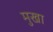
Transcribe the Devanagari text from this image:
मुखा